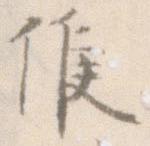
候